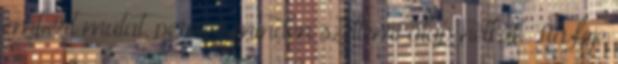
embert mutat, persze minden szellemi alap nélkül. Ha feje